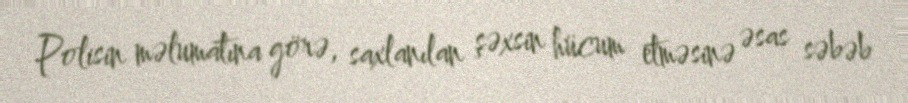
Polisin məlumatına görə, saxlanılan şəxsin hücum etməsinə əsas səbəb